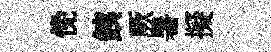
俛銕厥暑擬